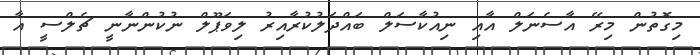
މިގޮތުން މިރޭ އާސެނަލް އާއި ނިއުކާސަލް ބައްދަލުކުރާއިރު ލިވަޕޫލް ނުކުންނާނީ ޗެލްސީ އާ